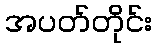
အပတ်တိုင်း